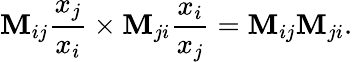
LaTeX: \mathbf{M}_{ij}\frac{{x_{j}}}{{x_{i}}}\times\mathbf{M}_{ji}\frac{{x_{i}}}{{x_{j}}}=\mathbf{M}_{ij}\mathbf{M}_{ji}.